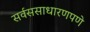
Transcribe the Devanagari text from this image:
सर्वससाधारणपणे